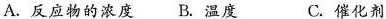
A.反应物的浓度 B.温度 C.催化剂